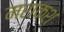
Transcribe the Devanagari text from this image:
मराकश्